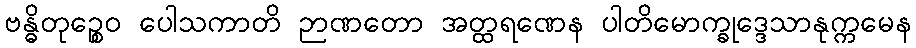
ဗန္ဓိတုဉ္စေဝ ပေါသကာတိ ဉာဏတော အတ္ထရဏေန ပါတိမောက္ခုဒ္ဒေသာနုက္ကမေန